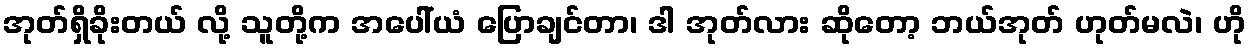
အုတ်ရှိခိုးတယ် လို့ သူတို့က အပေါ်ယံ ပြောချင်တာ၊ ဒါ အုတ်လား ဆိုတော့ ဘယ်အုတ် ဟုတ်မလဲ၊ ဟို